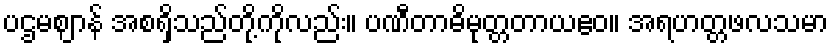
ပဌမဈာန် အစရှိသည်တို့ကိုလည်း။ ပဏီတာဓိမုတ္တတာယဧဝ။ အရဟတ္တဖလသမာ